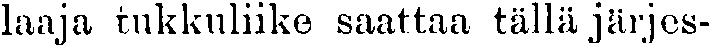
laaja tukkuliike saattaa tällä järjes-